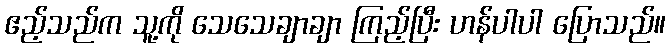
ဧည့်သည်က သူ့ကို သေသေချာချာ ကြည့်ပြီး ဟန်ပါပါ ပြောသည်။